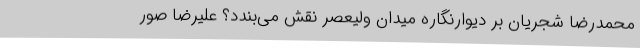
محمدرضا شجریان بر دیوارنگاره میدان ولیعصر نقش می‌بندد؟ علیرضا صور